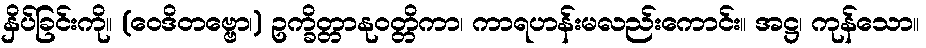
နှိပ်ခြင်းကို။ (ဝေဒိတဗ္ဗော၊) ဥက္ခိတ္တာနုဝတ္တိကာ၊ ကာရဟန်းမလည်းကောင်း။ အဋ္ဌ၊ ကုန်သော။